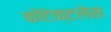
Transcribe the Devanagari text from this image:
कोंटेक्टलेस